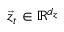
\vec { z } _ { t } \in \mathbb { R } ^ { d _ { z } }